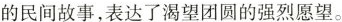
的民间故事，表达了渴望团圆的强烈愿望。